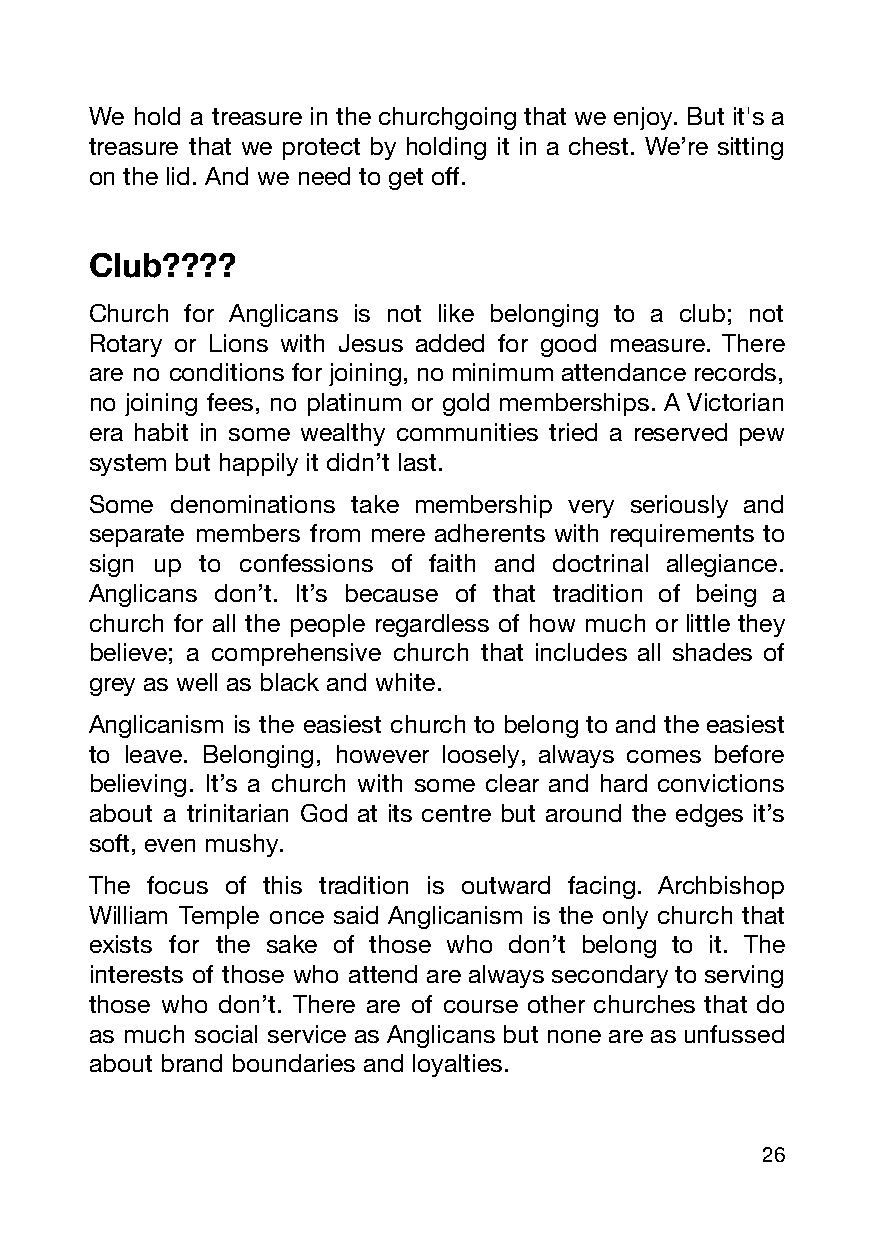
We hold a treasure in the churchgoing that we enjoy. But it's a
 treasure that we protect by holding it in a chest. We’re sitting
 on the lid. And we need to get off.
 Club????
 Church for Anglicans is not like belonging to a club; not
 Rotary or Lions with Jesus added for good measure. There
 are no conditions for joining, no minimum attendance records,
 no joining fees, no platinum or gold memberships. A Victorian
 era habit in some wealthy communities tried a reserved pew
 system but happily it didn’t last.
 Some denominations take membership very seriously and
 separate members from mere adherents with requirements to
 sign up to confessions of faith and doctrinal allegiance.
 Anglicans don’t. It’s because of that tradition of being a
 church for all the people regardless of how much or little they
 believe; a comprehensive church that includes all shades of
 grey as well as black and white.
 Anglicanism is the easiest church to belong to and the easiest
 to leave. Belonging, however loosely, always comes before
 believing. It’s a church with some clear and hard convictions
 about a trinitarian God at its centre but around the edges it’s
 soft, even mushy.
 The focus of this tradition is outward facing. Archbishop
 William Temple once said Anglicanism is the only church that
 exists for the sake of those who don’t belong to it. The
 interests of those who attend are always secondary to serving
 those who don’t. There are of course other churches that do
 as much social service as Anglicans but none are as unfussed
 about brand boundaries and loyalties.
 26